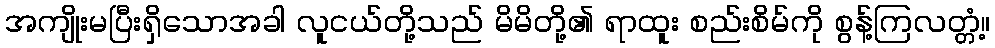
အကျိုးမပြီးရှိသောအခါ လူငယ်တို့သည် မိမိတို့၏ ရာထူး စည်းစိမ်ကို စွန့်ကြလတ္တံ့။